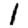
Digit: 1